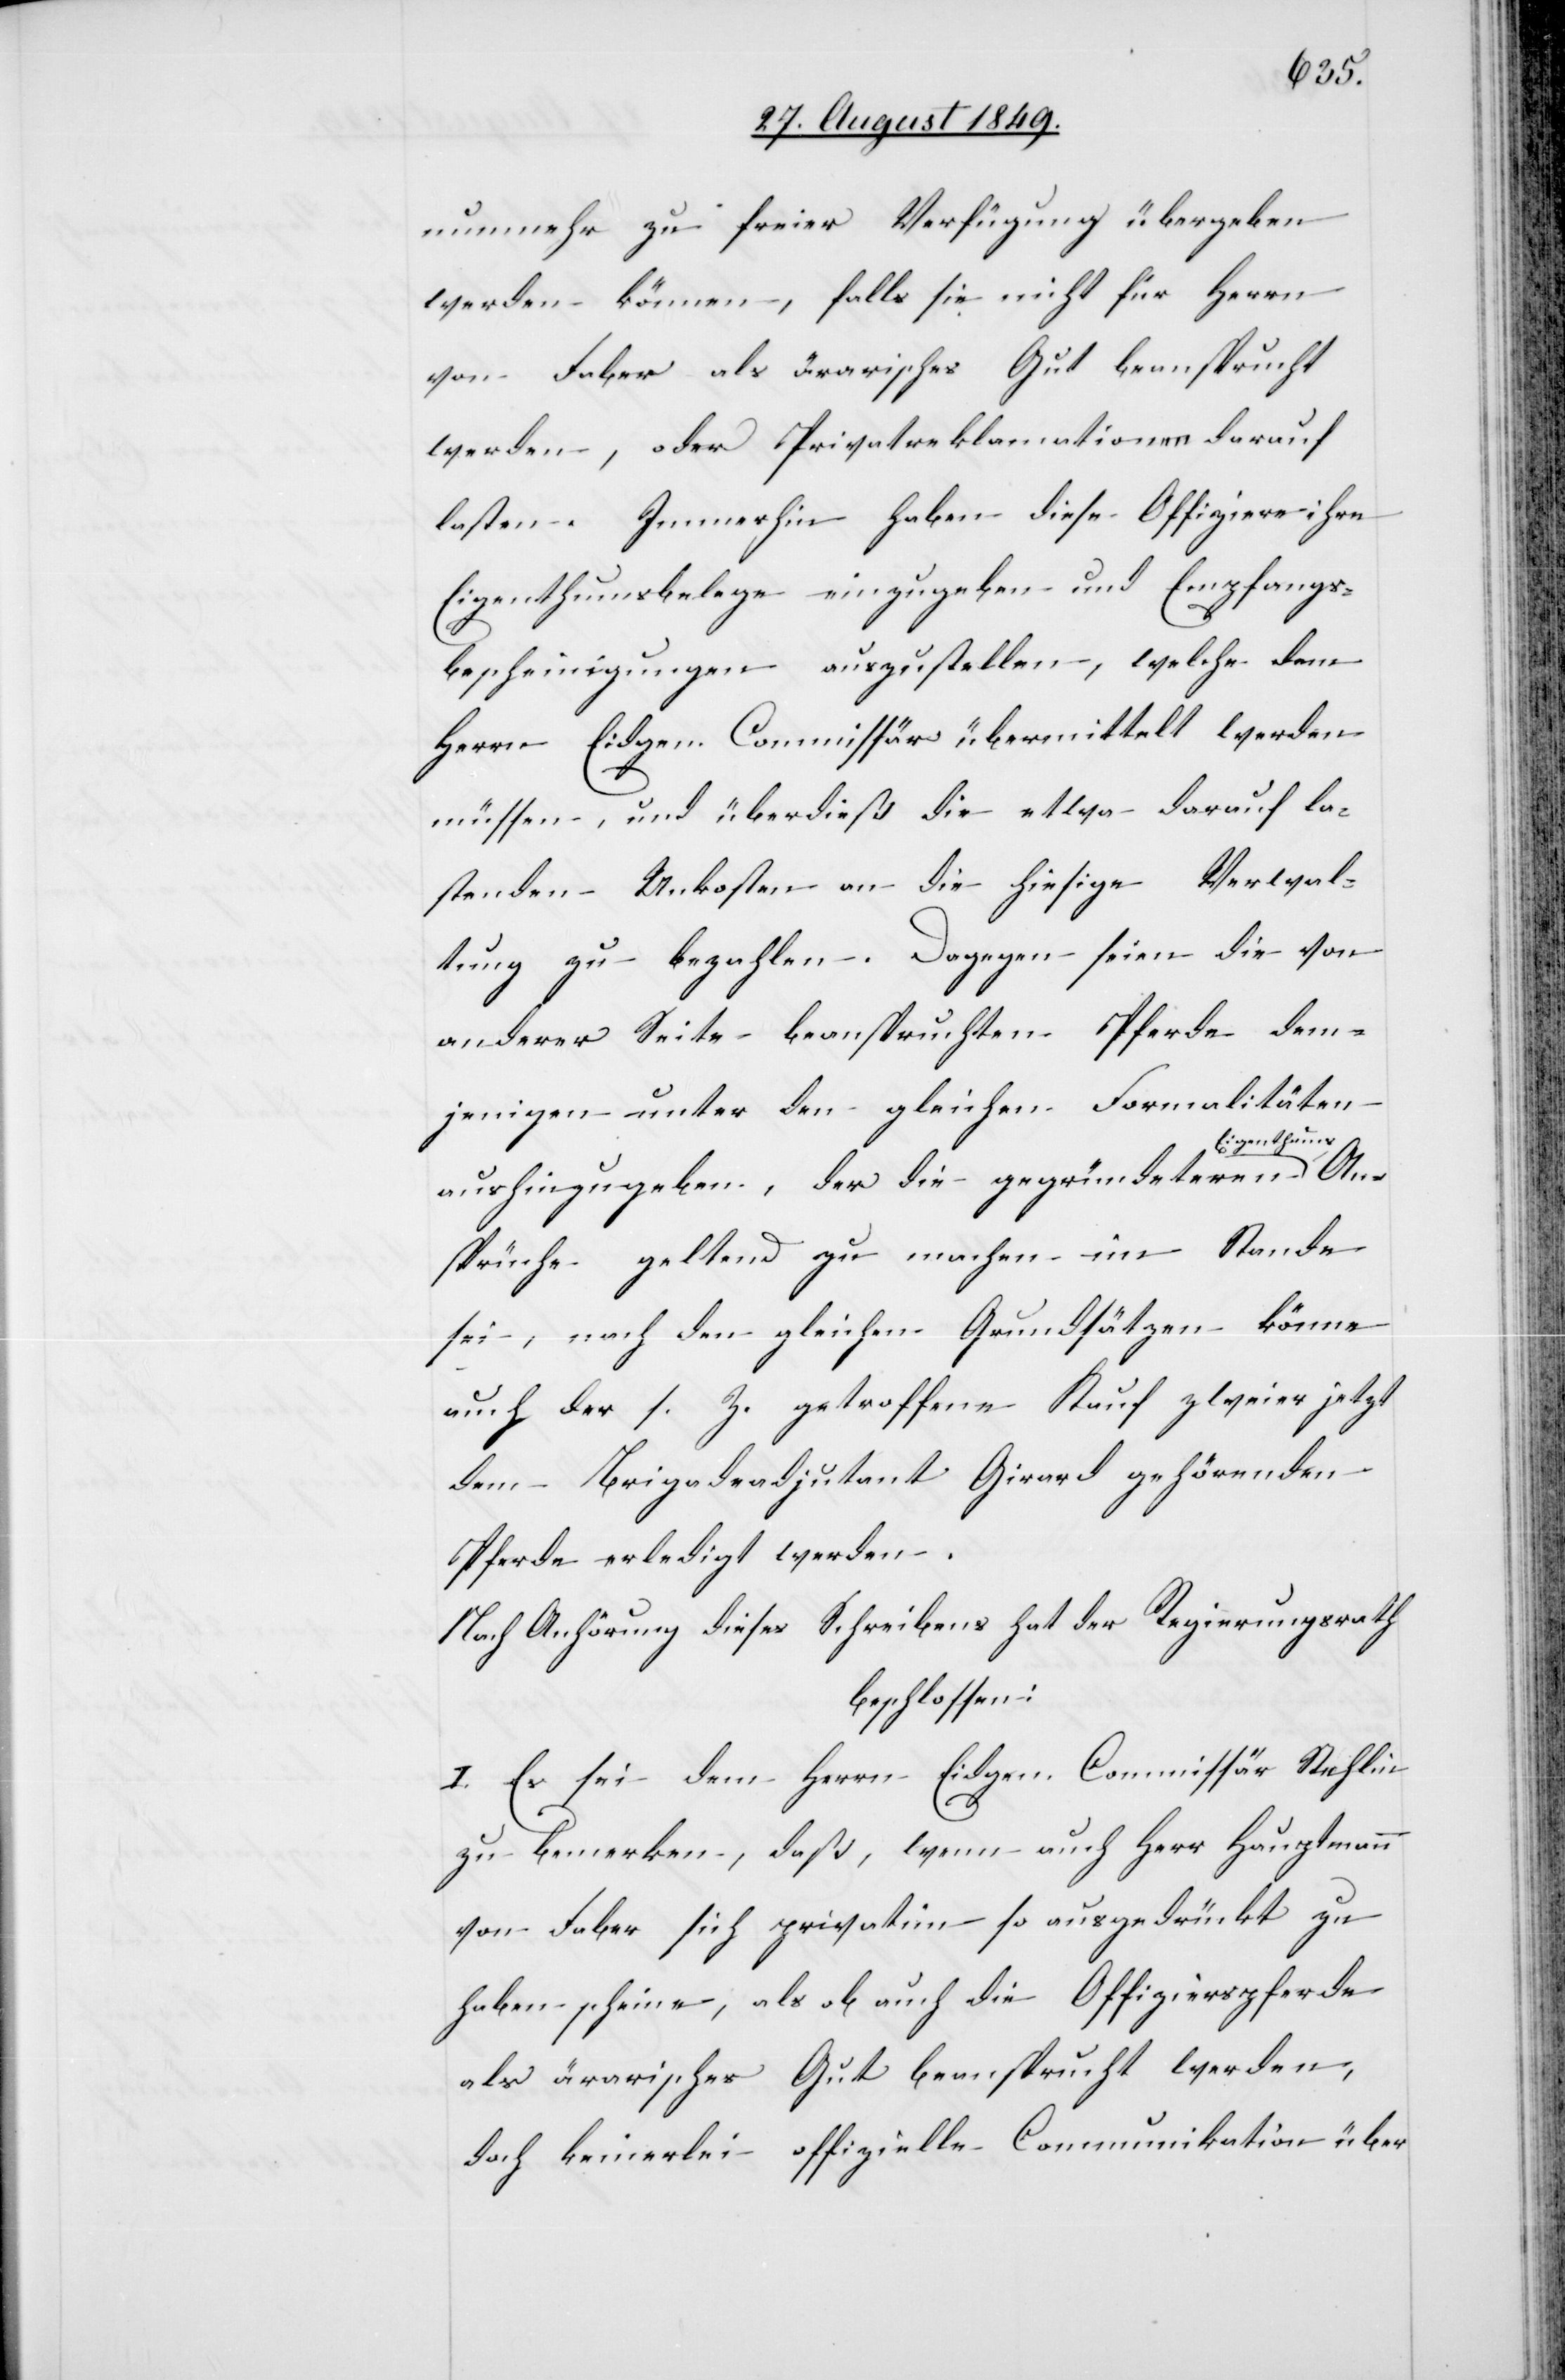
nunmehr zu freier Verfügung übergeben
werden können, falls sie nicht für Herrn
von Faber als ärarisches Gut beansprucht
werden, oder Privatreklamationen darauf
lasten. Immerhin haben diese Offiziere ihre
Eigenthumsbelege einzugeben und Empfangs¬
bescheinigungen auszustellen, welche dem
Herrn Eidgen. Commissär übermittelt werden
müssen, und überdieß die etwa darauf la¬
stenden Unkosten an die hiesige Verwal¬
tung zu bezahlen. Dagegen seien die von
anderer Seite beanspruchten Pferde dem¬
An¬
jenigen unter den gleichen Formalitäten
igenthums-a
aushinzugeben, der die gegründeteren a-E¬
sprüche geltend zu machen im Stande
sei, nach den gleichen Grundsätzen könne
auch der s. Z. getroffene Kauf zweier jetzt
dem Brigadeadjutant Girard gehörenden
Pferde erledigt werden.
Nach Anhörung dieses Schreibens hat der Regierungsrath
beschlossen:
I. Es sei dem Herrn Eidgen. Commissär Stehlin
zu bemerken, daß, wenn auch Herr Hauptmann
von Faber sich privatim so ausgedrückt zu
haben scheine, als ob auch die Offizierspferde
als ärarisches Gut beansprucht werden,
doch keinerlei offizielle Communikation über